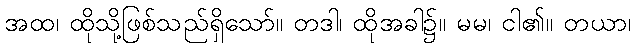
အထ၊ ထိုသို့ဖြစ်သည်ရှိသော်။ တဒါ၊ ထိုအခါ၌။ မမ၊ ငါ၏။ တယာ၊